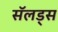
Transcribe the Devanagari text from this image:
सॅलड्स